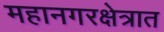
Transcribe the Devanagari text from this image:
महानगरक्षेत्रात